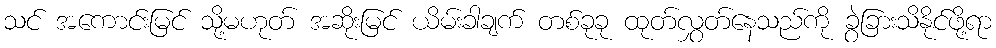
သင် အကောင်းမြင် သို့မဟုတ် အဆိုးမြင် ယိမ်းခါချက် တစ်ခုခု ထုတ်လွှတ်နေသည်ကို ခွဲခြားသိနိုင်ဖို့ရာ